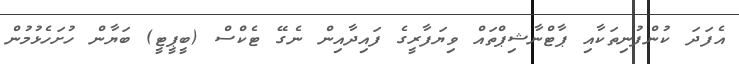
އެފަދަ ކުންފުނިތަކާއި ޕާޓްނާޝިޕްތައް ވިޔަފާރީގެ ފައިދާއިން ނެގޭ ޓެކްސް (ބީޕީޓީ) ބަޔާން ހުށަހެޅުމުން